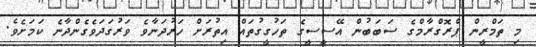
މި ތަމްރީން ޕްރޮގްރާމްގެ ސަބަބުން އޭސީސީގެ ތަހުގީގުތައް އިތުރަށް ހަރުދަނާވެ ވަރުގަދަވެގެންދާނެ ކަމަށެވެ.